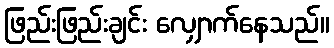
ဖြည်းဖြည်းချင်း လျှောက်နေသည်။